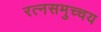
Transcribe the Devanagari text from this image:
रत्नसमुच्चय